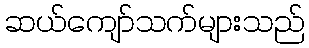
ဆယ်ကျော်သက်များသည်